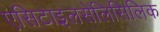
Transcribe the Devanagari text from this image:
एसिटाइलसेलिसिलिक